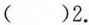
( )2.